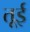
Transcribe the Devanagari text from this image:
तूई